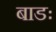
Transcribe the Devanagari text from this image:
बाडः